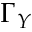
\Gamma _ { Y }